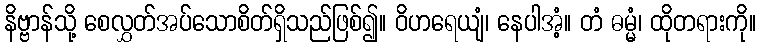
နိဗ္ဗာန်သို့ စေလွှတ်အပ်သောစိတ်ရှိသည်ဖြစ်၍။ ဝိဟရေယျံ၊ နေပါအံ့။ တံ ဓမ္မံ၊ ထိုတရားကို။